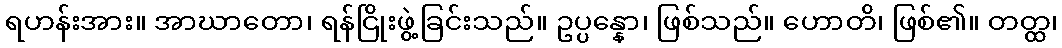
ရဟန်းအား။ အာဃာတော၊ ရန်ငြိုးဖွဲ့ခြင်းသည်။ ဥပ္ပန္နော၊ ဖြစ်သည်။ ဟောတိ၊ ဖြစ်၏။ တတ္ထ၊